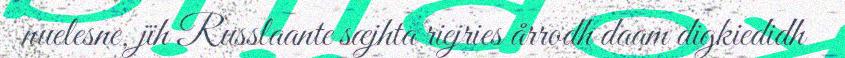
nuelesne, jïh Russlaante sæjhta riejries årrodh daam digkiedidh